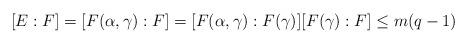
LaTeX: \begin{align*}[E:F]=[F(\alpha,\gamma):F]=[F(\alpha,\gamma):F(\gamma)][F(\gamma):F]\leq m(q-1)\end{align*}